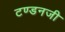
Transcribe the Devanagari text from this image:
टण्डनजी